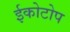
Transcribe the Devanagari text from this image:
ईकोटोप